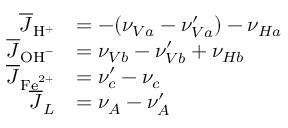
\begin{array} { r l } { \overline { { J } } _ { \mathrm { H } ^ { + } } } & { = - ( \nu _ { V a } - \nu _ { V a } ^ { \prime } ) - \nu _ { H a } } \\ { \overline { { J } } _ { \mathrm { O H } ^ { - } } } & { = \nu _ { V b } - \nu _ { V b } ^ { \prime } + \nu _ { H b } } \\ { \overline { { J } } _ { \mathrm { F e } ^ { 2 + } } } & { = \nu _ { c } ^ { \prime } - \nu _ { c } } \\ { \overline { { J } } _ { L } } & { = \nu _ { A } - \nu _ { A } ^ { \prime } } \end{array}